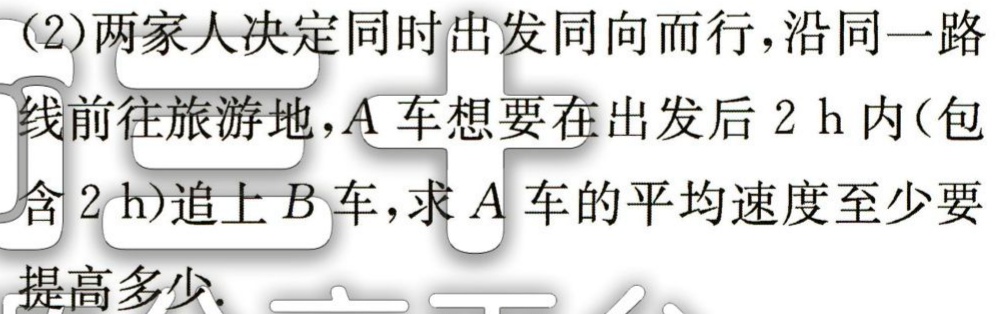
(2)两家人决定同时出发同向而行，沿同一路

线前往旅游地，\(A\)车想要在出发后\(2\ h\)内(包

含\(2\ h\))追上\(B\)车，求\(A\)车的平均速度至少要

提高多少.